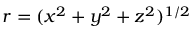
r = ( x ^ { 2 } + y ^ { 2 } + z ^ { 2 } ) ^ { 1 / 2 }